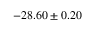
- 2 8 . 6 0 \pm 0 . 2 0